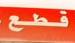
قطع